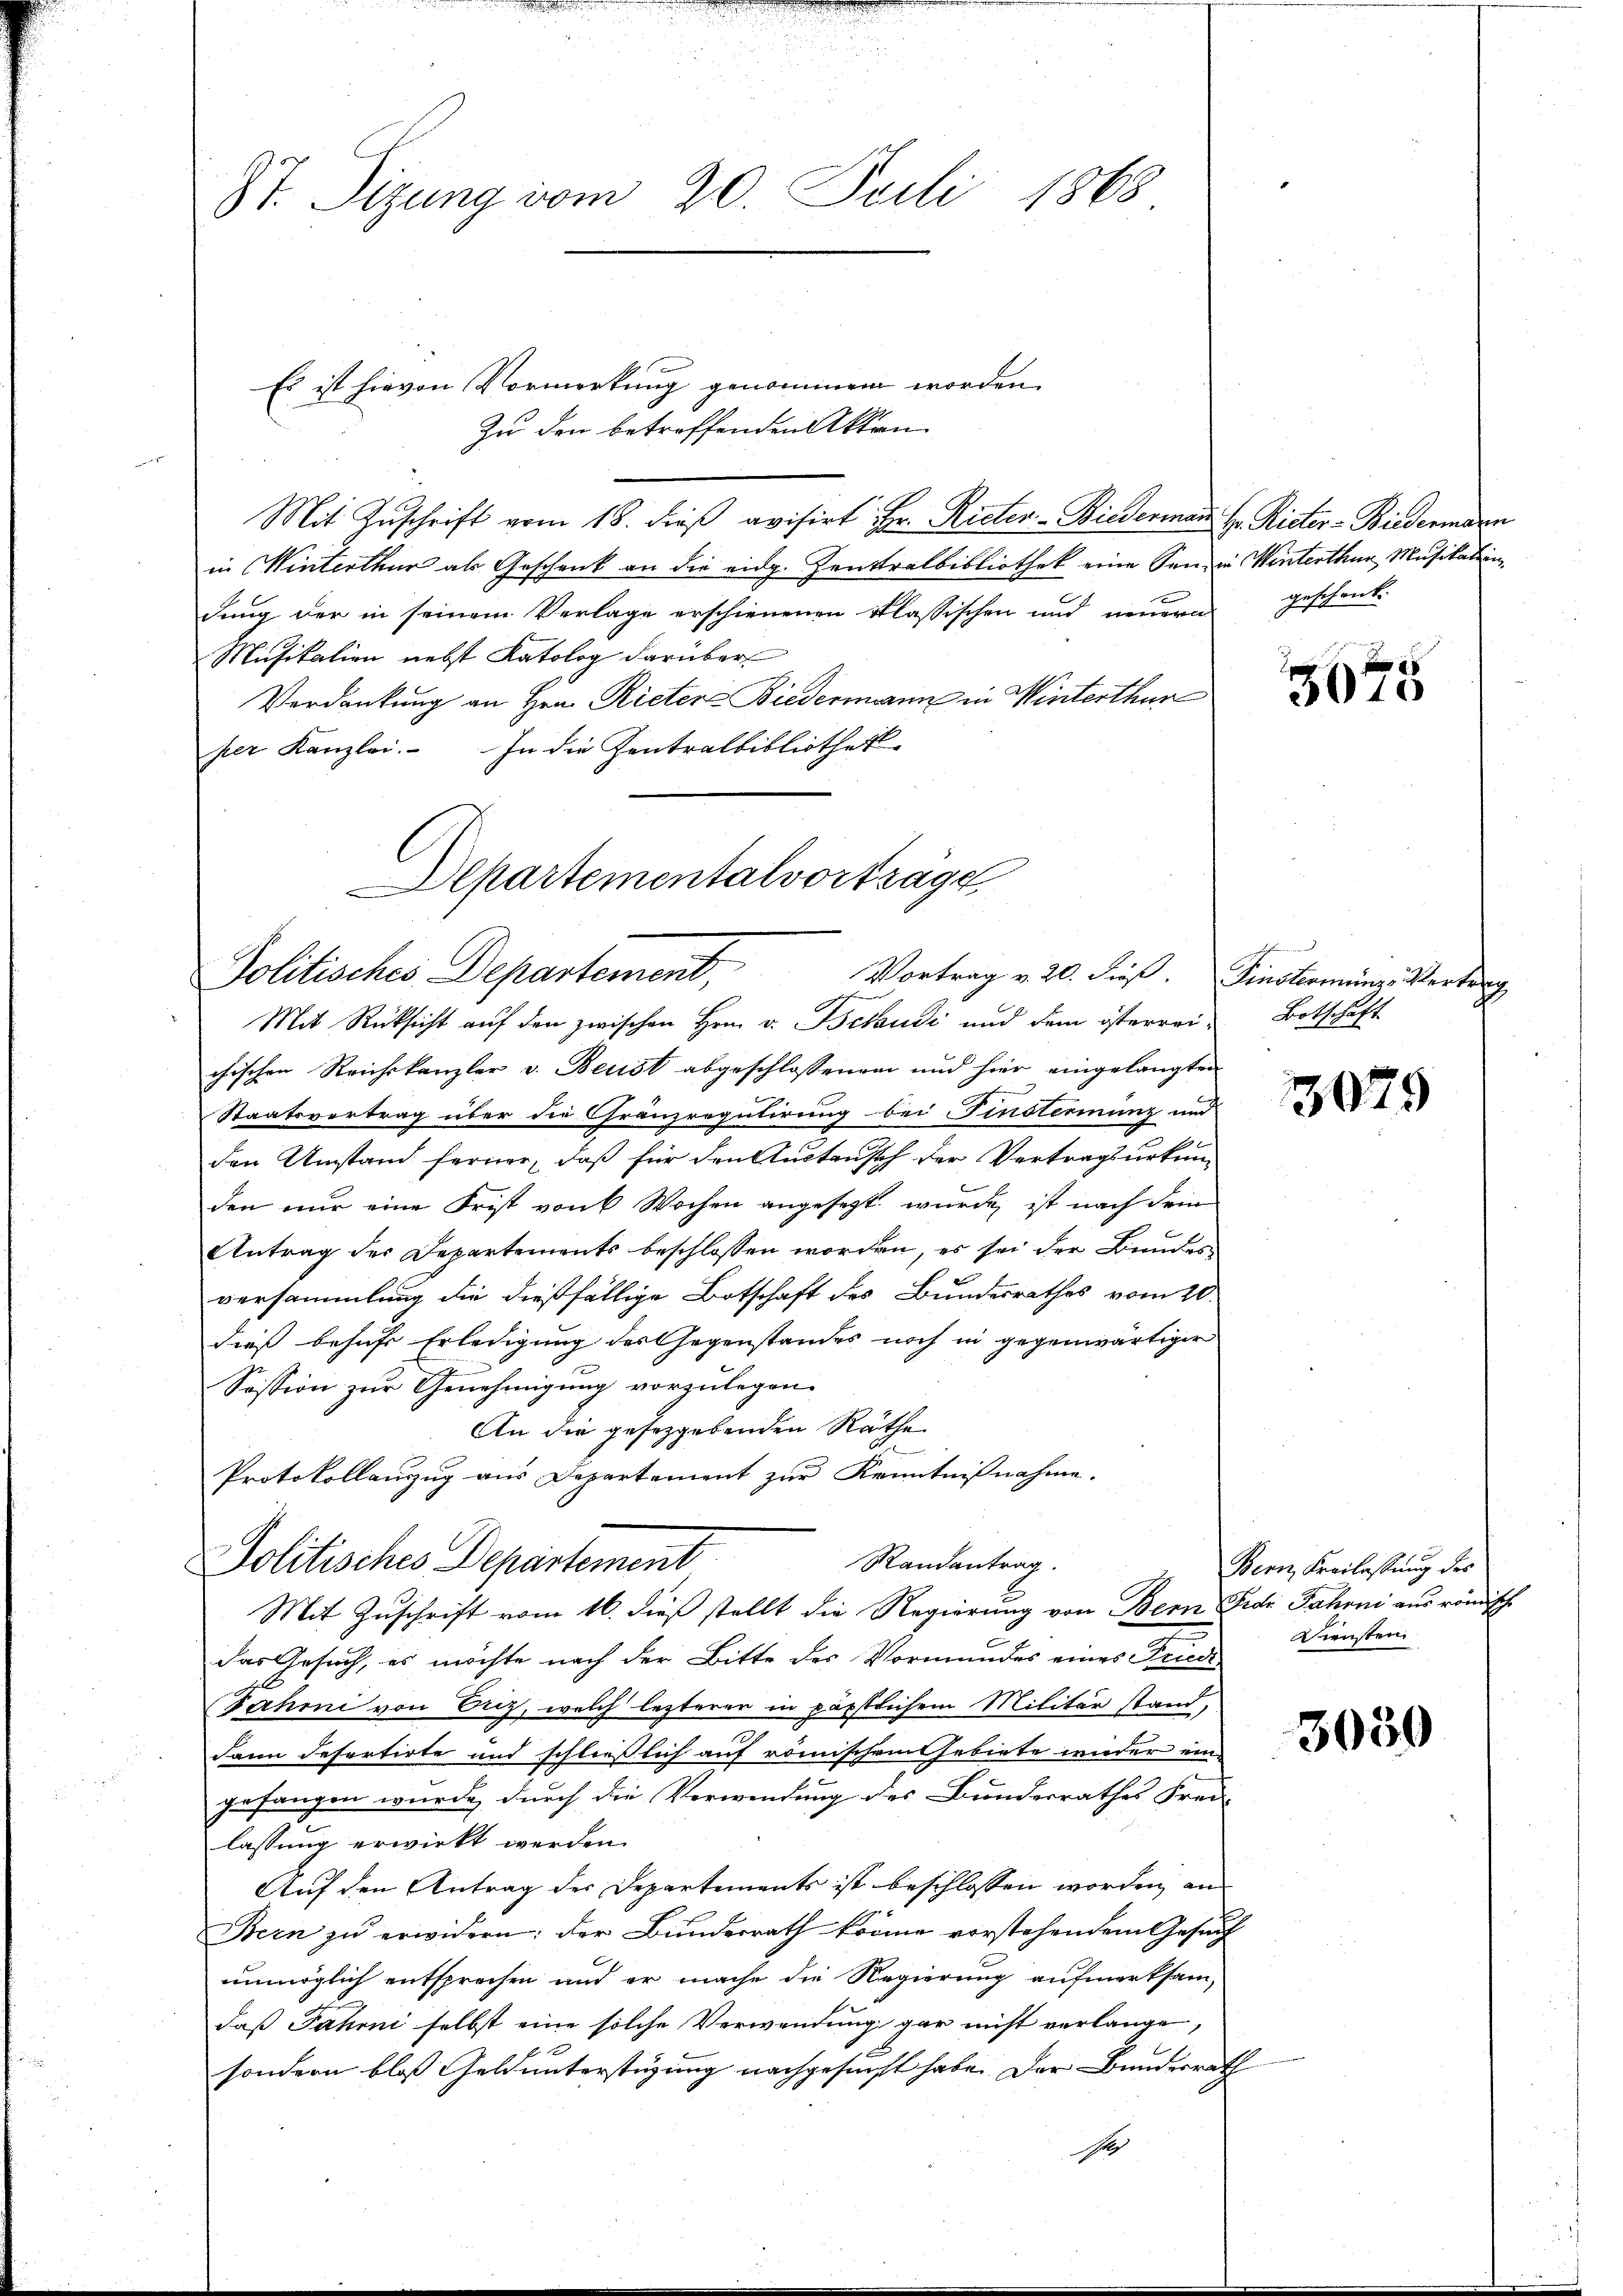
St. Sizung vom 20. Juli 1868

Es ist hievon Vormerkung genommen worden.
Zu den betreffenden Akten.
Mit Zuschrift vom 18. dieß avisirt Hr. Rieter-Biederman
in Winterthur als Geschenk an die eidg. Zentralbibliothek eine Sen
dung der in seinem Verlage erschienenen Klassischen und neuere
Musikalien nebst Katolog darüber
Verdankung an Hrn. Rieter Biedermann in Winterthur
per Kanzlei. In die Zentralbibliothek
Departementalvorträge

Politisches Departement,
Vortrag v. 20. dieß. Finsterminz-Vertrag
.
Mit Rücksicht auf den zwischen Hrn. v. Belaudi und dem österrei- Botschaft

chischen Reichskanzler v. Beust abgeschlossenen und hier eingelangten
Staatsvertrag über die Gränzregulirung bei Finsternung und
den Umstand ferner, daß für den Austausch der Vertragsurkun-
den nur eine Frist von 6 Wochen angesagt wurde, ist nach dem
Antrag des Departements beschlossen worden, es sei der Bundes
versammlung die dießfällige Botschaft des Bundesrathes vom 20.
dieß behufs Erledigung des Gegenstandes noch in gegenwärtiger
Sission zur Genehmigung vorzulegen.
An die gesetzgebenden Räthe
Protokollauszug aus Departement zur Kenntnißnahme.
Randantrag.
Politisches Departement
Mit Zuschrift vom 16. dieß stellt die Regierung von Bern Fide Jahrni aus römische
das Gesuch, es möchte nach der Bitte des Vormundes eines Friede
Jahmi von Oriz, welch lezteren in päpstlichem Militär stand,
.
dann defertirte und schließlich auf römischen Gebiete wieder ein-
gefangen wurde, durch die Verwendung des Bunderrathes Frei-
lassung erwirkt werden.
Auf den Antrag der Departements ist beschlossen worden, an
Bern zu erwidern; der Bundesrath könne vorstehendem Gesuch
unmöglich entsprechen und er mache die Regierung aufmerksam,
daß Jahrni selbst eine solche Verwendung gar nicht verlange,
sondern bloß Geld unterstüzung nachgesucht habe. Der Bundesrath
Ich

Hr. Ritter-Biedermarn
in Winterthur Musikalein
geschenk

3675

Bern, Freilassung des
Diensten

3050